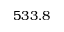
5 3 3 . 8